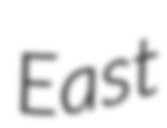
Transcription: East